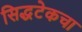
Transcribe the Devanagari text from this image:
सिद्धटेकचा